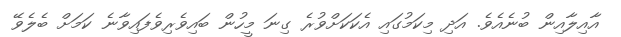
އާއިލާއިން ބުނެއެވެ. އަދި މިކަމުގައި އެކަކަށްވުރެ ގިނަ މީހުން ބައިވެރިވެފައިވާނެ ކަމަށް ބެލެވޭ